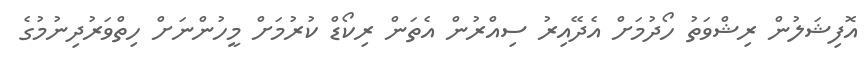
އޮފިޝަލުން ރިޝްވަތު ހޯދުމަށް އެދޭއިރު ސިއްރުން އެތަން ރިކޯޑް ކުރުމަށް މީހުންނަށް ހިތްވަރުދިނުމުގެ